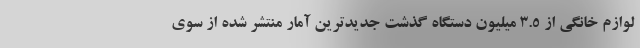
لوازم خانگی از 3.5 میلیون دستگاه گذشت جدیدترین آمار منتشر شده از سوی